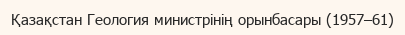
Қазақстан Геология министрінің орынбасары (1957–61)